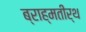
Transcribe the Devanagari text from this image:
ब्राह्मतीर्थ